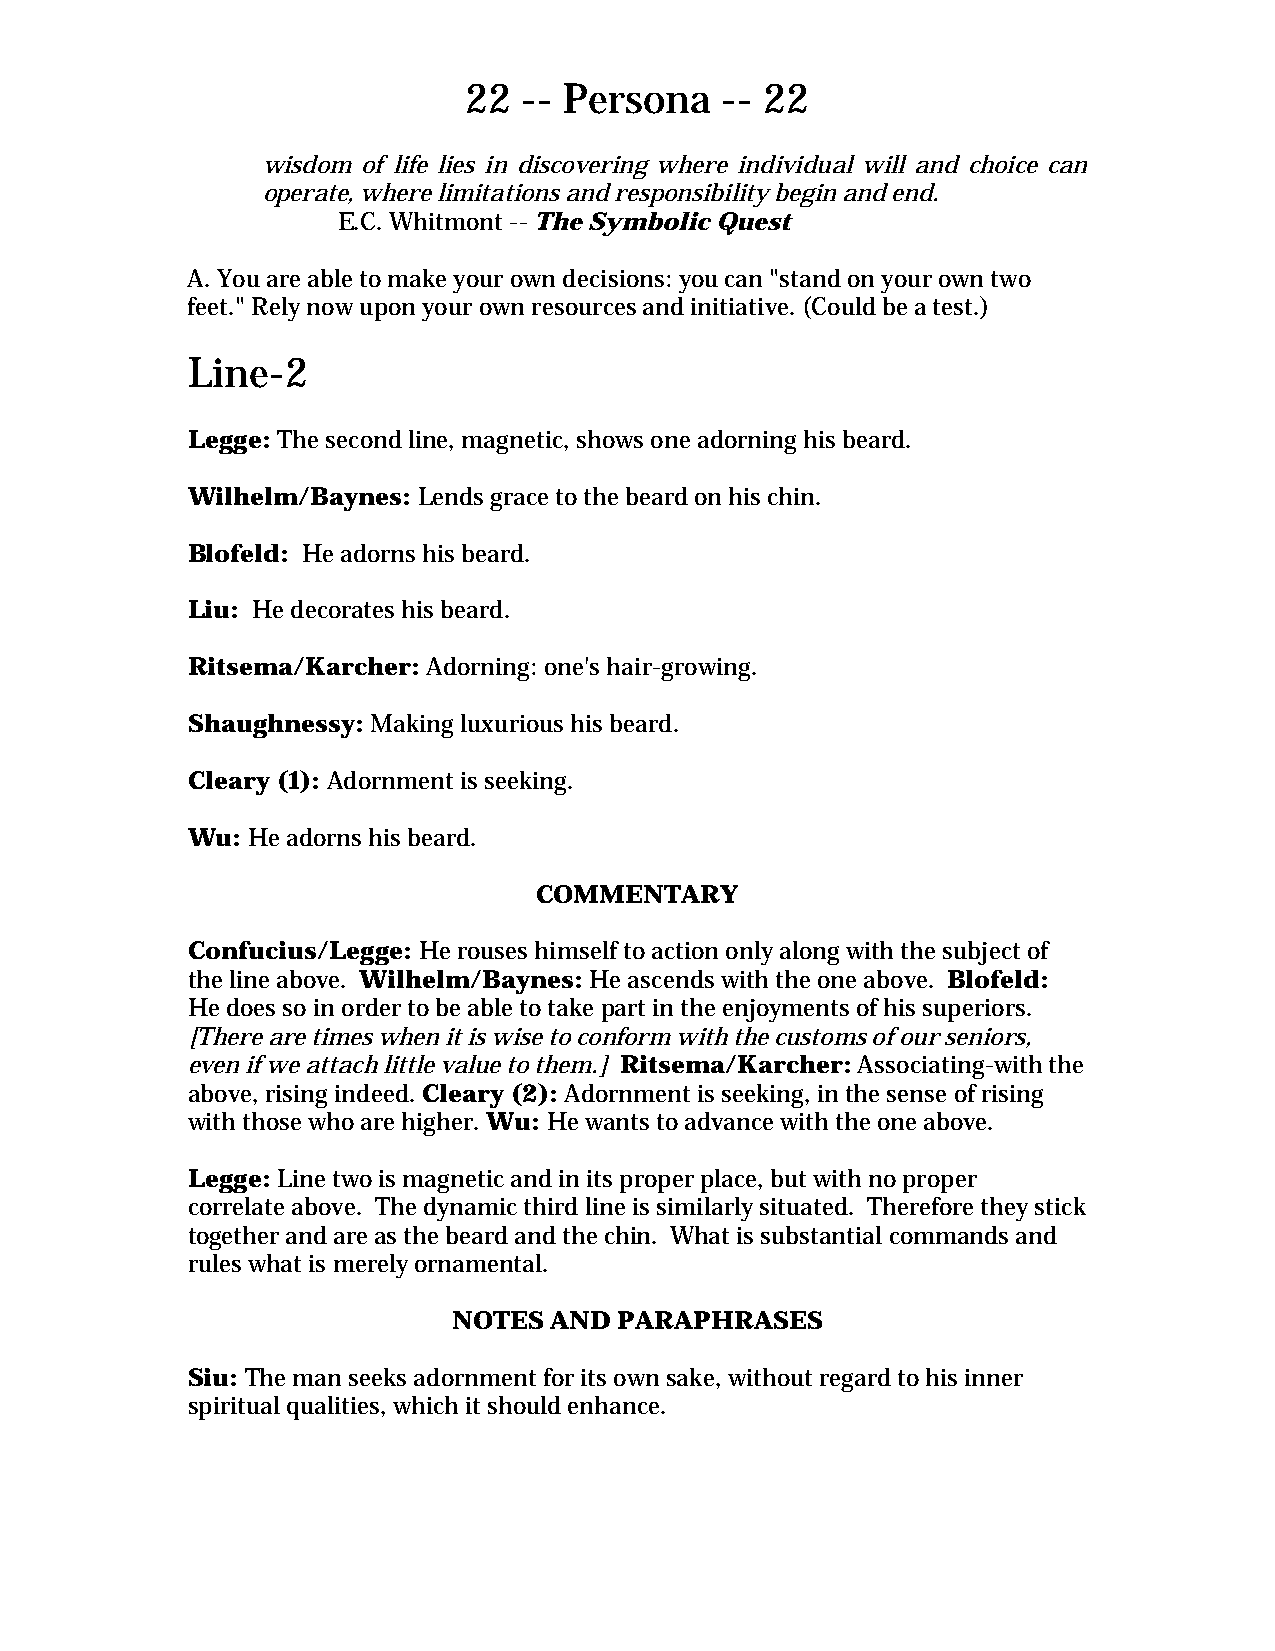
22  -- Persona   -- 22
 wisdom of life lies in discovering where individual will and choice can
 operate, where limitations and responsibility begin and end.
 E.C. Whitmont -- The Symbolic Quest
 A. You are able to make your own decisions: you can "stand on your own two
 feet." Rely now upon your own resources and initiative. (Could be a test.)
 Line-2
 Legge: The second line, magnetic, shows one adorning his beard.
 Wilhelm/Baynes: Lends grace to the beard on his chin.
 Blofeld: He adorns his beard.
 Liu: He decorates his beard.
 Ritsema/Karcher: Adorning: one's hair-growing.
 Shaughnessy: Making luxurious his beard.
 Cleary (1): Adornment is seeking.
 Wu: He adorns his beard.
 COMMENTARY
 Confucius/Legge: He rouses himself to action only along with the subject of
 the line above. Wilhelm/Baynes: He ascends with the one above. Blofeld:
 He does so in order to be able to take part in the enjoyments of his superiors.
 [There are times when it is wise to conform with the customs of our seniors,
 even if we attach little value to them.] Ritsema/Karcher: Associating-with the
 above, rising indeed. Cleary (2): Adornment is seeking, in the sense of rising
 with those who are higher. Wu: He wants to advance with the one above.
 Legge: Line two is magnetic and in its proper place, but with no proper
 correlate above. The dynamic third line is similarly situated. Therefore they stick
 together and are as the beard and the chin. What is substantial commands and
 rules what is merely ornamental.
 NOTES AND  PARAPHRASES
 Siu: The man seeks adornment for its own sake, without regard to his inner
 spiritual qualities, which it should enhance.